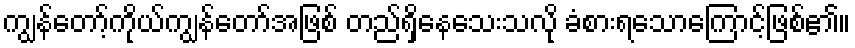
ကျွန်တော့်ကိုယ်ကျွန်တော်အဖြစ် တည်ရှိနေသေးသလို ခံစားရသောကြောင့်ဖြစ်၏။